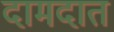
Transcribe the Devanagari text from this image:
दामदात